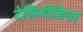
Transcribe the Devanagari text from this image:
टेलिमीडिया